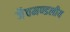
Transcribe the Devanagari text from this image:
जैवमण्डलीय